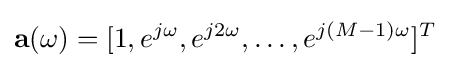
\mathbf {a} (\omega )=[1,e^{j\omega },e^{j2\omega },\ldots ,e^{j(M-1)\omega }]^{T}